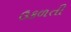
ઉકળતી